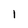
Character: 1